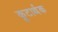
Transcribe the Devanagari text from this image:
कूटार्थक